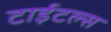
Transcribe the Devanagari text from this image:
टाईटल्स